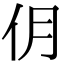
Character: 仴